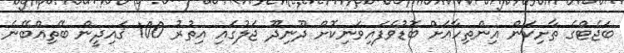
ބަޖެޓްގެ ތާށިކަން އިންތިހާއަށް ބޮޑުވެފައިވަނިކޮށް ދޫނިދޫ ޖަލުގައި އިތުރު 100 ޤައިދީން ބޭތިއްބޭނެ